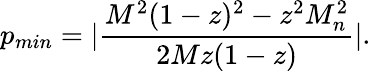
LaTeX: p_{min}=|\frac{M^{2}(1-z)^{2}-z^{2}M_{n}^{2}}{2Mz(1-z)}|.